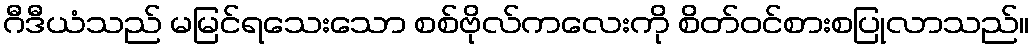
ဂီဒီယံသည် မမြင်ရသေးသော စစ်ဗိုလ်ကလေးကို စိတ်ဝင်စားစပြုလာသည်။